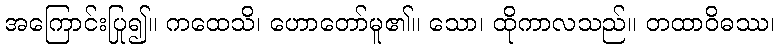
အကြောင်းပြု၍။ ကထေသိ၊ ဟောတော်မူ၏။ သော၊ ထိုကာလသည်။ တထာဝိဓဿ၊